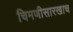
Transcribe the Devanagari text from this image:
चिमणीसारखाच